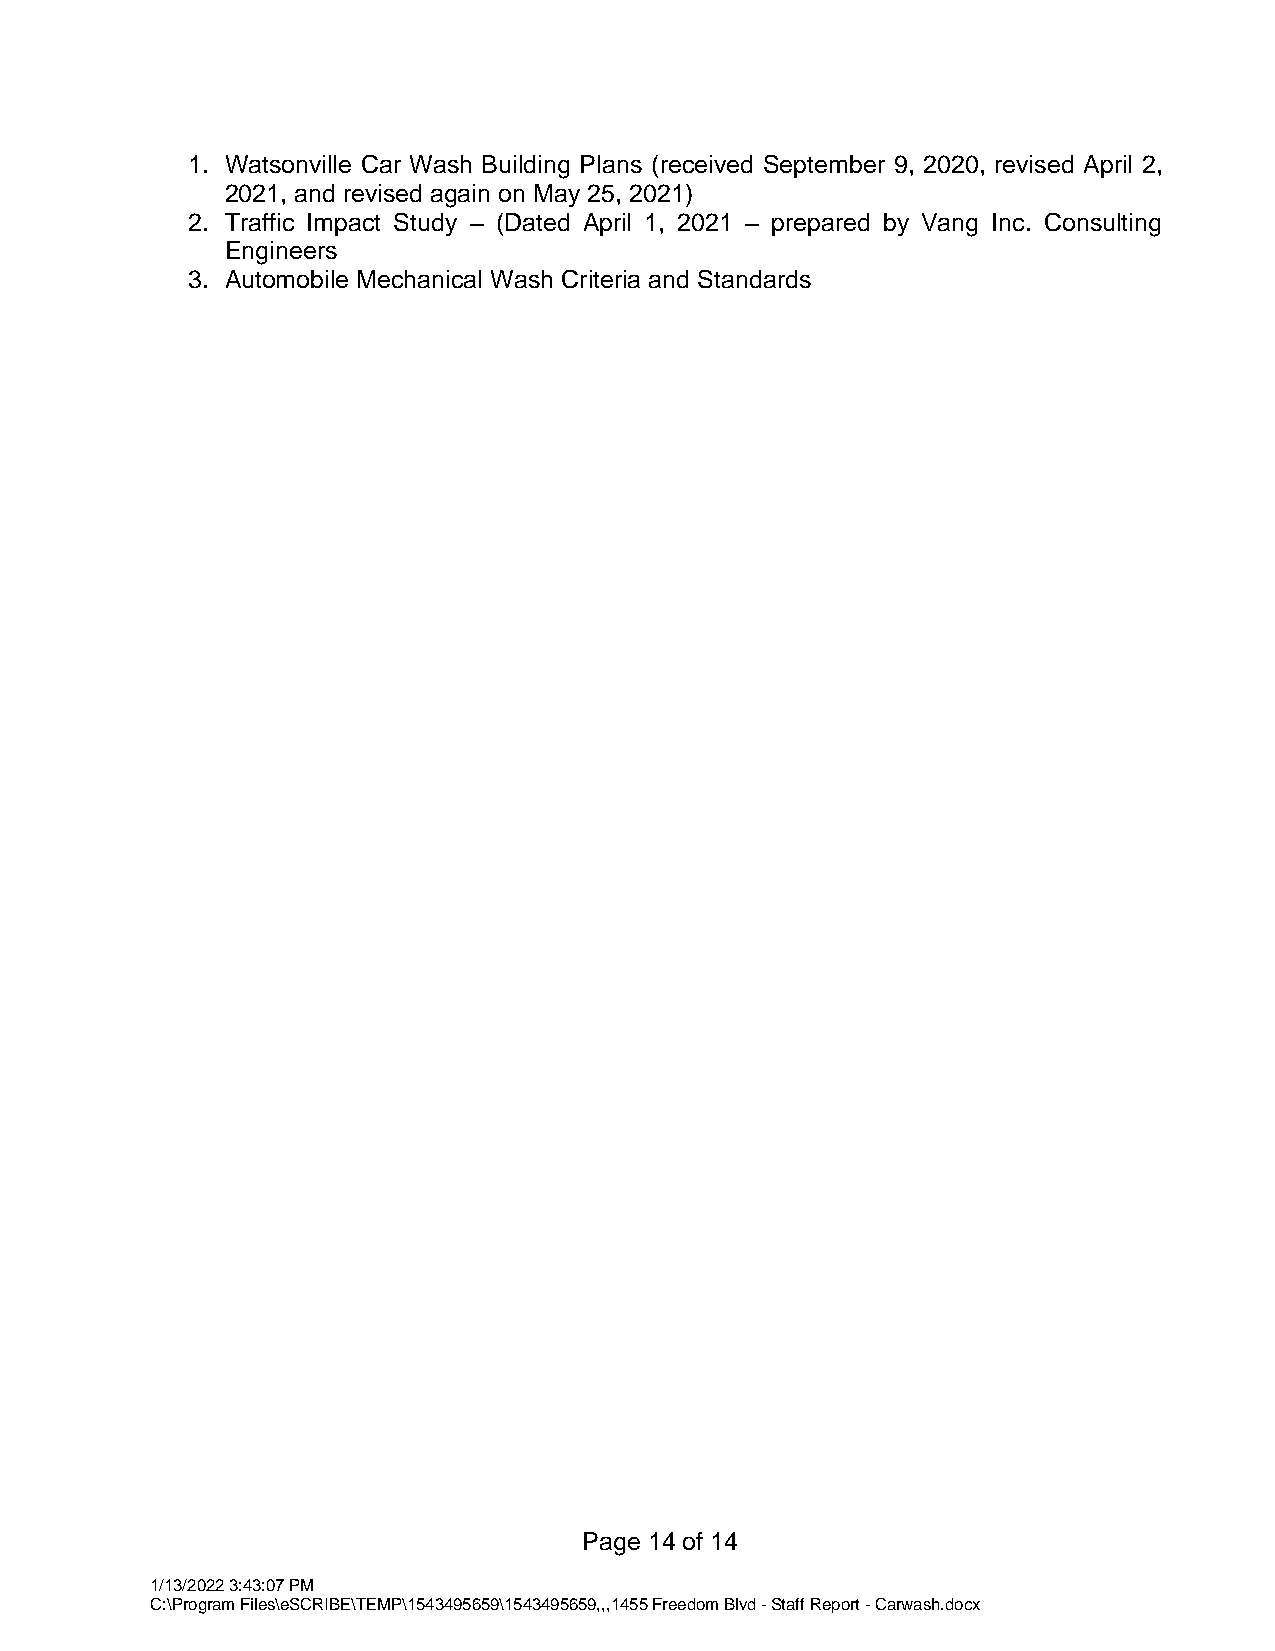
1. Watsonville Car Wash Building Plans (received September 9, 2020, revised April 2,
 2021, and revised again on May 25, 2021)
 2. Traffic Impact Study – (Dated April 1, 2021 – prepared by Vang Inc. Consulting
 Engineers
 3. Automobile Mechanical Wash Criteria and Standards
 Page 14 of 14
 1/13/2022 3:43:07 PM
 C:\Program Files\eSCRIBE\TEMP\1543495659\1543495659,,,1455 Freedom Blvd - Staff Report - Carwash.docx